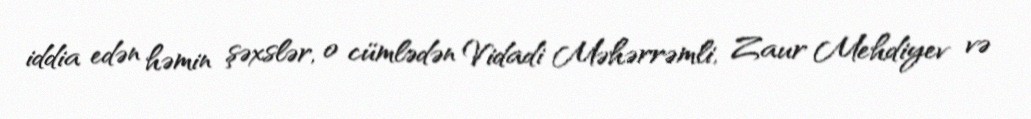
iddia edən həmin şəxslər, o cümlədən Vidadi Məhərrəmli, Zaur Mehdiyev və